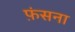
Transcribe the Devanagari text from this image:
फ़ंसना